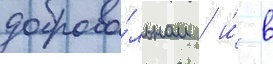
доброво́льном / и́ в